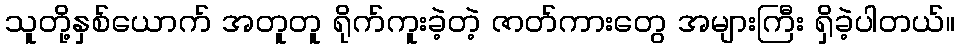
သူတို့နှစ်ယောက် အတူတူ ရိုက်ကူးခဲ့တဲ့ ဇာတ်ကားတွေ အများကြီး ရှိခဲ့ပါတယ်။